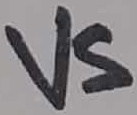
Text: VS